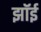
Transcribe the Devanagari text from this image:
झॉई